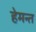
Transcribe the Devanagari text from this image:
हेमन्‍त